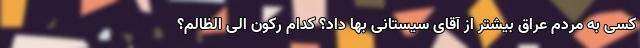
کسی به مردم عراق بیشتر از آقای سیستانی بها داد؟ کدام رکون الی الظالم؟